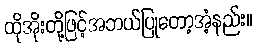
ထိုအိုးတို့ဖြင့်အဘယ်ပြုတော့အံ့နည်း။